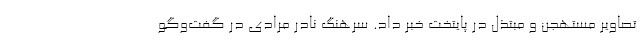
تصاویر مستهجن و مبتذل در پایتخت خبر داد. سرهنگ نادر مرادی در گفت‌وگو